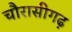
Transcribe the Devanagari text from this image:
चौरासीगढ़